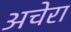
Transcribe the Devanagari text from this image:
अचेरा